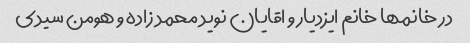
در خانمها خانم ایزدیار و اقایان نوید محمد زاده و هومن سیدی